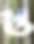
স্ত